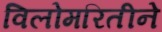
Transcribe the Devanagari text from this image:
विलोमरितीने